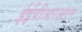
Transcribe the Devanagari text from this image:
ईईपीआरओएम